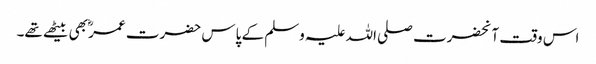
اس وقت آنحضرت صلی اللہ علیہ وسلم کے پاس حضرت عمرؓ بھی بیٹھے تھے۔